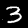
Label: 3